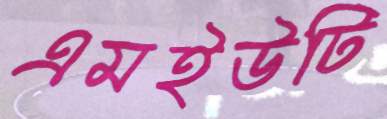
এমইউটি